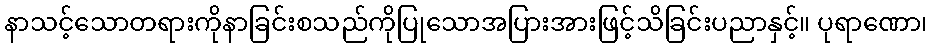
နာသင့်သောတရားကိုနာခြင်းစသည်ကိုပြုသောအပြားအားဖြင့်သိခြင်းပညာနှင့်။ ပုရာဏော၊